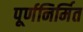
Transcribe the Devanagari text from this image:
पूर्णनिर्मित